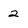
Character: 2